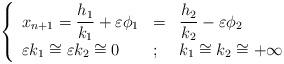
LaTeX: \begin{align*}\left\{ \begin{array}{lll}x_{n+1}=\dfrac{h_{1}}{k_{1}}+\varepsilon \phi _{1} & = & \dfrac{h_{2}}{k_{2}}-\varepsilon \phi _{2} \\ \varepsilon k_{1}\cong \varepsilon k_{2}\cong 0 & ; & k_{1}\cong k_{2}\cong+\infty\end{array}\right. \end{align*}